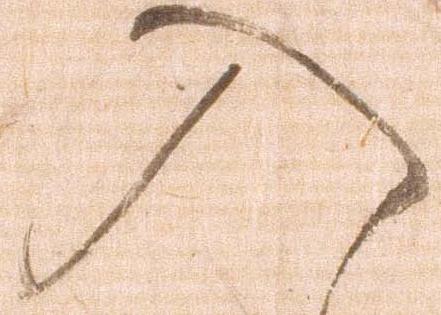
入